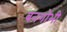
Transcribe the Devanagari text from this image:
बनगोभी